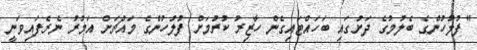
"ފުލުހުންގެ ބެލުމުގެ ދަށުގައި ބަހައްޓައިގެން ހާޒިރު ކުރުމަށް ފުލުހުންގެ މައްޗަށް އަމުރު ނެރެފައިވަނީ